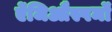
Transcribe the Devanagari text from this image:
ऐंजिऔस्पर्मों